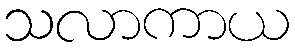
သလာကာယ